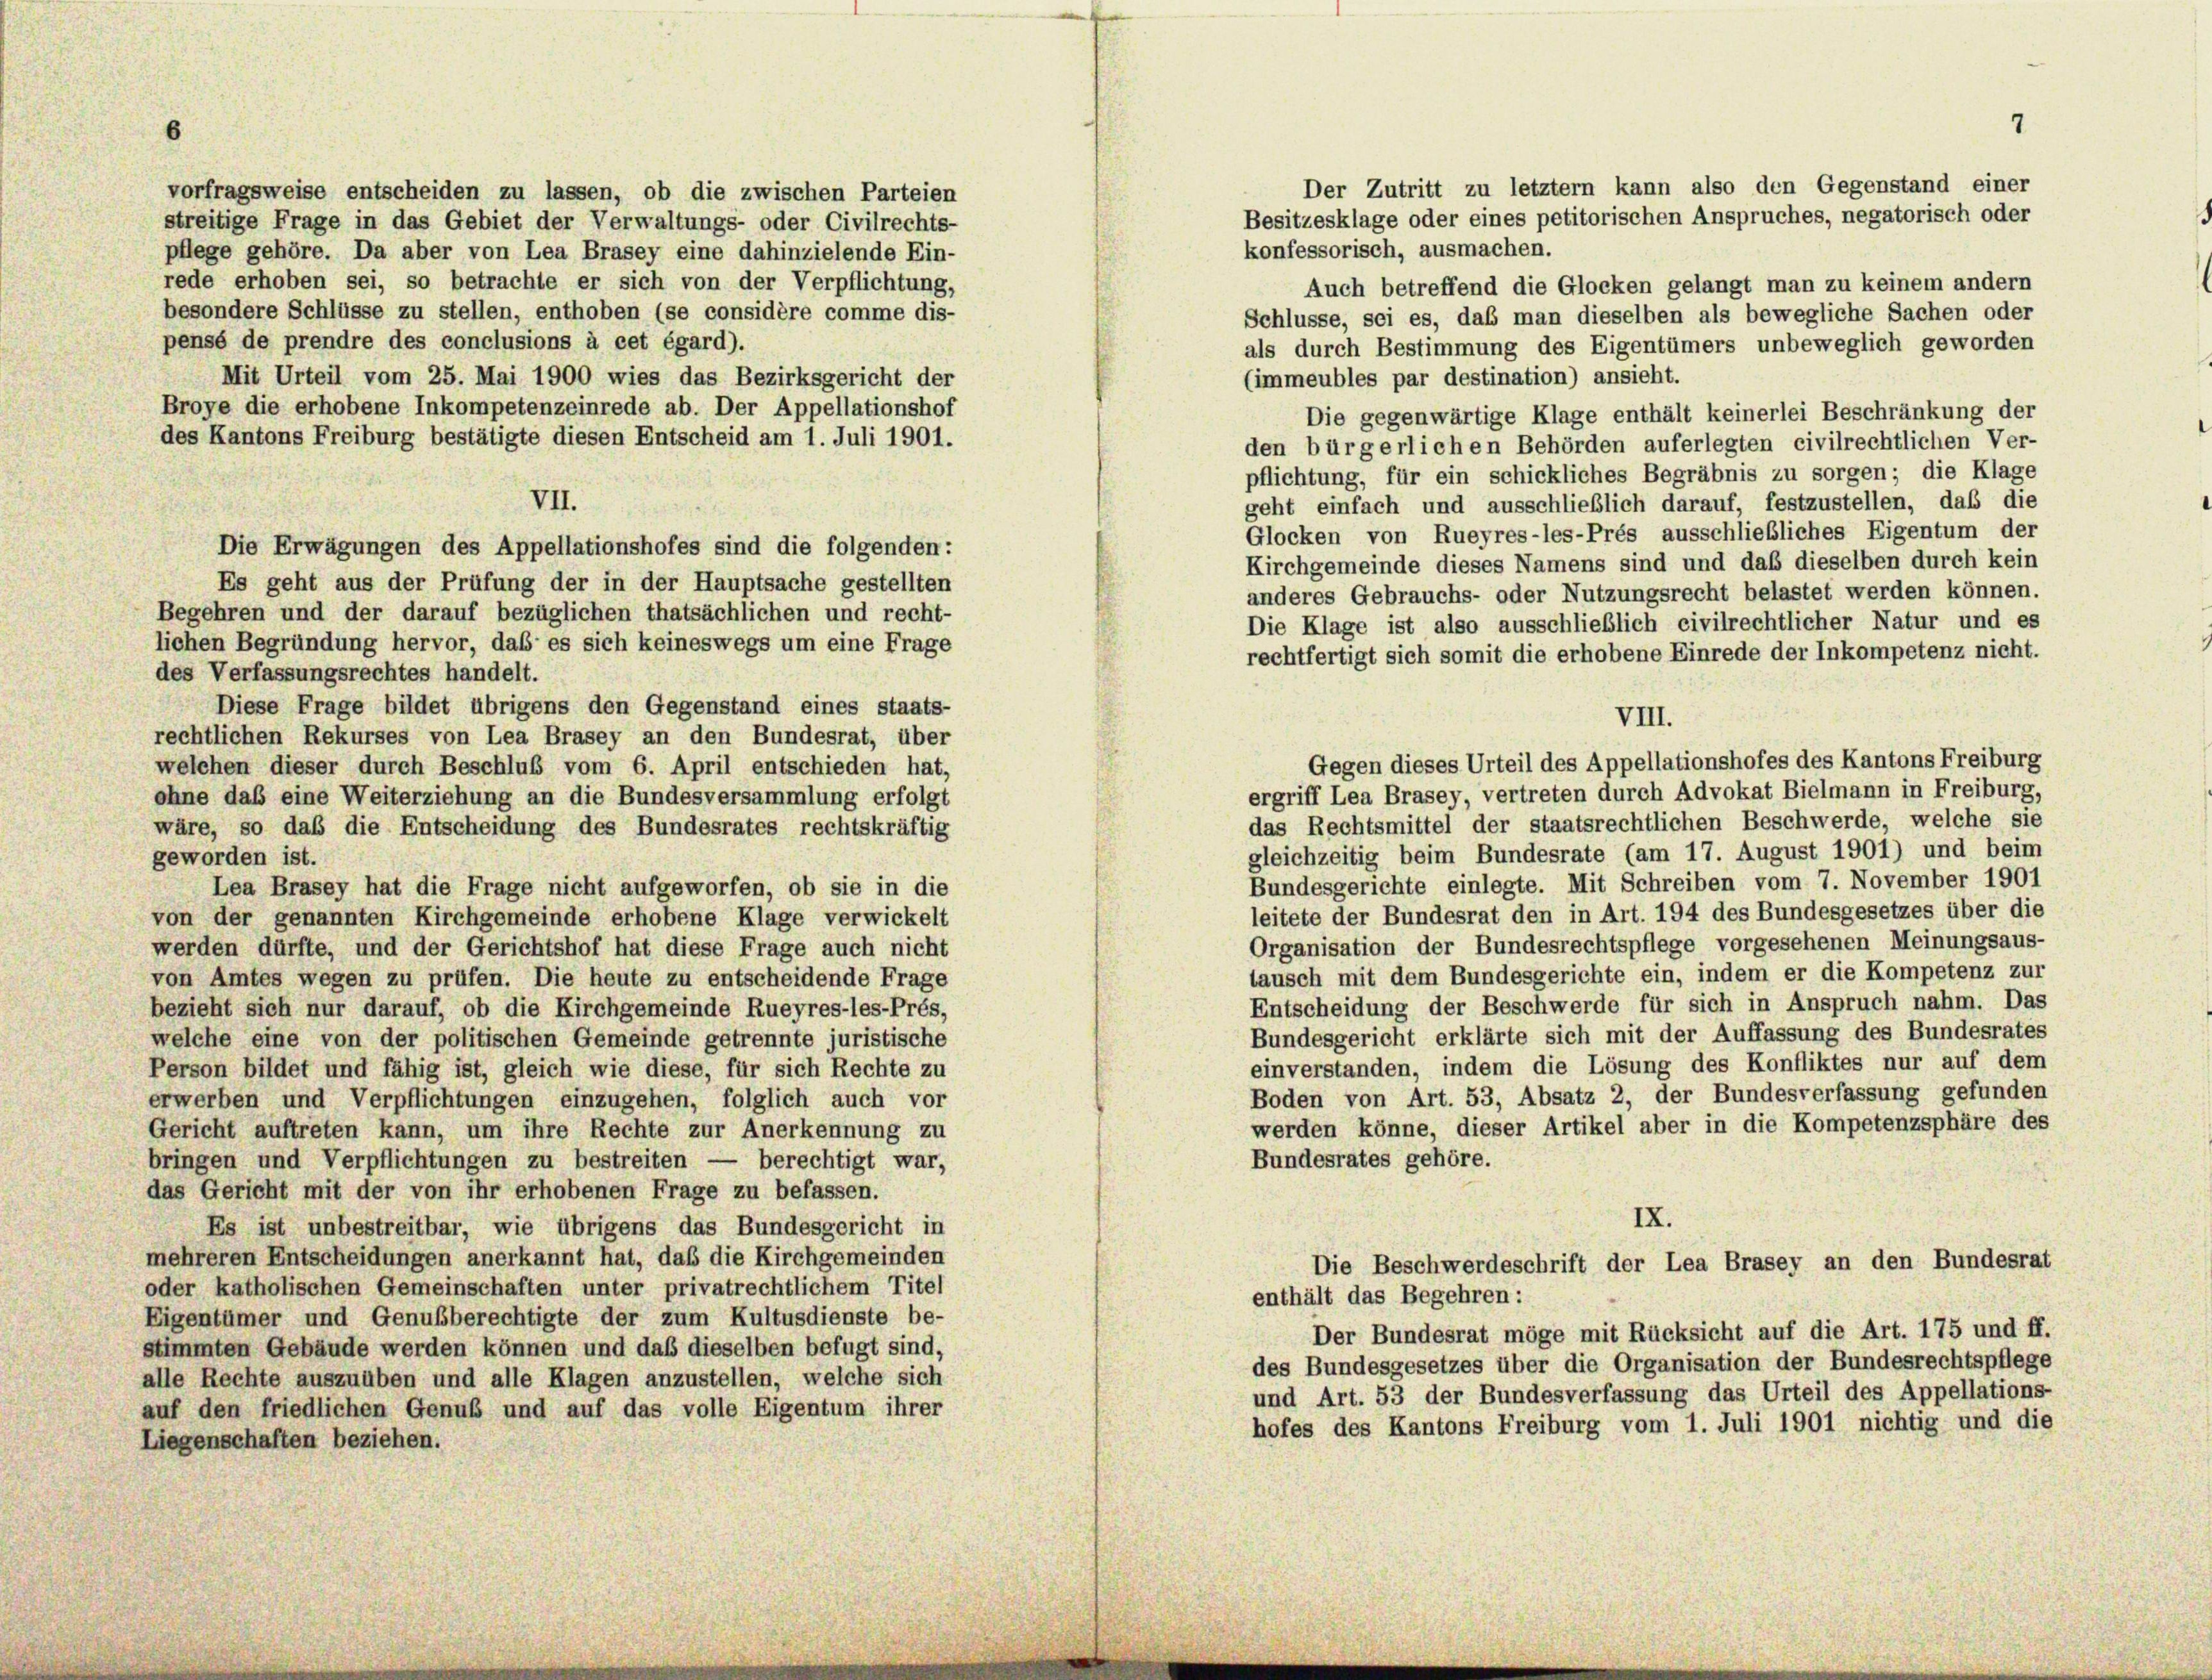
vorfragsweise entscheiden zu lassen, ob die zwischen Parteien
pflege gehöre. Da aber von Lea Brasey eine dahinzielende Ein-
rede erhoben sei, so betrachte er sich von der Verpflichtung,
besondere Schlüsse zu stellen, enthoben (se considère comme dis-
pensé de prendre des conclusions à cet égard).
Mit Urteil vom 25. Mai 1900 wies das Bezirksgericht der
Broye die erhobene Inkompetenzeinrede ab. Der Appellationshof
des Kantons Freiburg bestätigte diesen Entscheid am 1. Juli 1901.
VII.
Die Erwägungen des Appellationshofes sind die folgenden:
Es geht aus der Prüfung der in der Hauptsache gestellten
Begehren und der darauf bezüglichen thatsächlichen und recht-
lichen Begründung hervor, daß es sich keineswegs um eine Frage
des Verfassungsrechtes handelt.
Diese Frage bildet übrigens den Gegenstand eines staats-
rechtlichen Rekurses von Lea Brasey an den Bundesrat, über
welchen dieser durch Beschluß vom 6. April entschieden hat,
ohne daß eine Weiterziehung an die Bundesversammlung erfolgt
wäre, so das die Entscheidung des Bundesrates rechtskräftig
geworden ist.
Lea Brasey hat die Frage nicht aufgeworfen, ob sie in die
von der genannten Kirchgemeinde erhobene Klage verwickelt
werden dürfte, und der Gerichtshof hat diese Frage auch nicht
von Amtes wegen zu prüfen. Die heute zu entscheidende Frage
bezieht sich nur darauf, ob die Kirchgemeinde Rueyres-les-Prés,
welche eine von der politischen Gemeinde getrennte juristische
Person bildet und fähig ist, gleich wie diese, für sich Rechte zu
erwerben und Verpflichtungen einzugehen, folglich auch vor
Gericht auftreten kann, um ihre Rechte zur Anerkennung zu
bringen und Verpflichtungen zu bestreiten — berechtigt war,
das Gericht mit der von ihr erhobenen Frage zu befassen.
Es ist unbestreitbar, wie übrigens das Bundesgericht in
mehreren Entscheidungen anerkannt hat, daß die Kirchgemeinden
oder katholischen Gemeinschaften unter privatrechtlichem Titel
Eigentümer und Genussberechtigte der zum Kultusdienste be-
stimmten Gebäude werden können und daß dieselben befugt sind,
alle Rechte auszuüben und alle Klagen anzustellen, welche sich
auf den friedlichen Genuß und auf das volle Eigentum ihrer
Liegenschaften beziehen.

streitige Frage in das Gebiet der Verwaltungs- oder Civilrechts-

7
Der Zutritt zu letztem kann also den Gegenstand einer
Besitzesklage oder eines petitorischen Anspruches, negatorisch oder

konfessorisch, ausmachen.
Auch betreffend die Glocken gelangt man zu keinem andern
Schlüsse, sei es, daß man dieselben als bewegliche Sachen oder
als durch Bestimmung des Eigentümers unbeweglich geworden
(immeubles par destination) ansieht.
Die gegenwärtige Klage enthält keinerlei Beschränkung der
den bürgerlichen Behörden auferlegten civilrechtlichen Ver-
pflichtung, für ein schickliches Begräbnis zu sorgen; die Klage
geht einfach und ausschließlich darauf, festzustellen, daß die
Glocken von Rueyres-les-Prés ausschließliches Eigentum der
Kirchgemeinde dieses Namens sind und daß dieselben durch kein
anderes Gebrauchs- oder Nutzungsrecht belastet werden können.
Die Klage ist also ausschließlich civilrechtlicher Natur und es
rechtfertigt sich somit die erhobene Einrede der Inkompetenz nicht.
Gegen dieses Urteil des Appellationshofes des Kantons Freiburg
ergriff Lea Brasey, vertreten durch Advokat Bielmann in Freiburg,
das Rechtsmittel der staatsrechtlichen Beschwerde, welche sie
gleichzeitig beim Bundesrate (am 17. August 1901) und beim
Bundesgerichte einlegte. Mit Schreiben vom 7. November 1901
leitete der Bundesrat den in Art. 194 des Bundesgesetzes über die
Organisation der Bundesrechtspflege vorgesehenen Meinungsaus-
tausch mit dem Bundesgerichte ein, indem er die Kompetenz zur
Entscheidung der Beschwerde für sich in Anspruch nahm. Das
Bundesgericht erklärte sich mit der Auffassung des Bundesrates
einverstanden, indem die Lösung des Konfliktes nur auf dem
Boden von Art. 53, Absatz 2, der Bundesverfassung gefunden
werden könne, dieser Artikel aber in die Kompetenzsphäre des
Bundesrates gehöre.
IX.
Die Beschwerdeschrift der Lea Brasey an den Bundesrat
enthält das Begehren:
Der Bundesrat möge mit Rücksicht auf die Art. 175 und ff.
des Bundesgesetzes über die Organisation der Bundesrechtspflege
und Art. 53 der Bundesverfassung das Urteil des Appellations-
hofes des Kantons Freiburg vom 1. Juli 1901 nichtig und die

VIII.